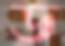
ড